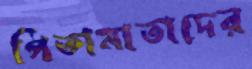
পিতামাতাদের